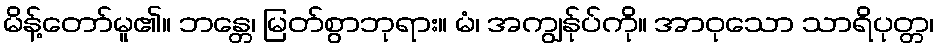
မိန့်တော်မူ၏။ ဘန္တေ၊ မြတ်စွာဘုရား။ မံ၊ အကျွန်ုပ်ကို။ အာဝုသော သာရိပုတ္တ၊